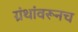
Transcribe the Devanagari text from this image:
ग्रंथांवरूनच